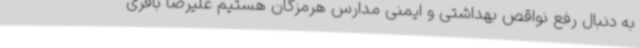
به دنبال رفع نواقص بهداشتی و ایمنی مدارس هرمزگان هستیم علیرضا باقری